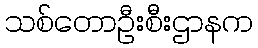
သစ်တောဦးစီးဌာနက